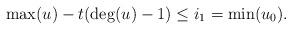
LaTeX: \begin{align*}\max(u) -t(\deg(u)-1) \leq i_1= \min(u_0).\end{align*}